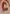
Text: 6